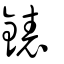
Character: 錶